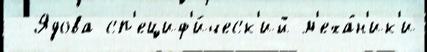
- Ядова сп'ециф'и́ческ'ий м'еха́н'ик'и